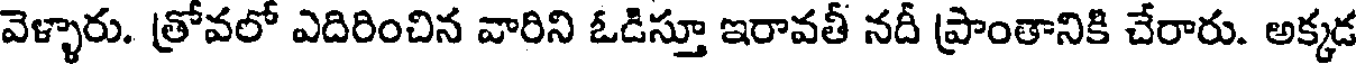
వెళ్ళారు. త్రోవలో ఎదిరించిన వారిని ఓడిస్తూ ఇరావతీ నదీ ప్రాంతానికి చేరారు. అక్కడ